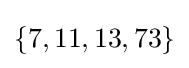
\{7,11,13,73\}